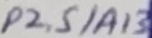
Text: P2.5/A13